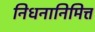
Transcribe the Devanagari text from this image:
निधनानिमित्त